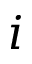
i